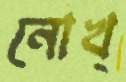
নোখ্